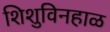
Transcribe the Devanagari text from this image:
शिशुविनहाळ